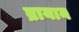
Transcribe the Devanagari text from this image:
ब्रायान